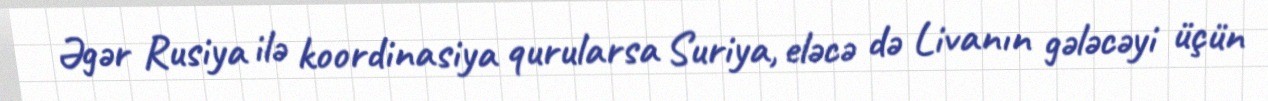
Əgər Rusiya ilə koordinasiya qurularsa Suriya, eləcə də Livanın gələcəyi üçün